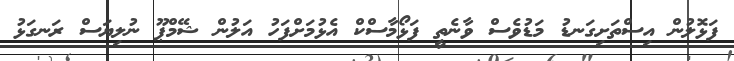
ފަޅޮލުން އިސްތަށިގަނޑު މަޑުވެސް ވާނެތީ ފަޅޯމާސްކް އެޅުމަށްފަހު އަލުން ޝޭމްޕޫ ނުލިޔަސް ރަނގަޅު